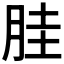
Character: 𱢹